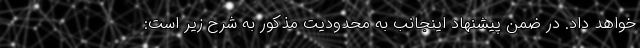
خواهد داد. در ضمن پیشنهاد اینجانب به محدودیت مذکور به شرح زیر است: